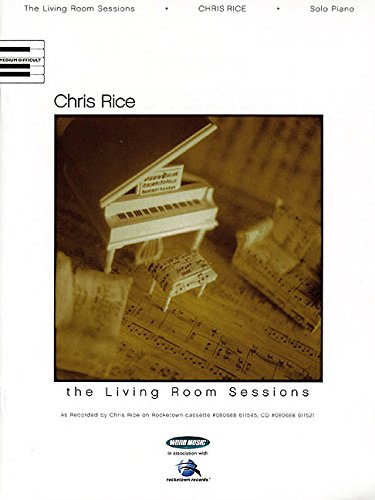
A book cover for Chris Rice - The Living Room Sessions (Piano Solo Personality); Chris Rice; Christian Books & Bibles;